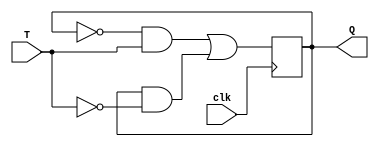
module test_nafiz1(T, clk, Q);
input T, clk;
output reg Q;

always@(posedge clk)
Q=((~Q)&T)|(Q&(~T));
endmodule